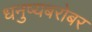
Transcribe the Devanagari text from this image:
धनुष्यबरोबर